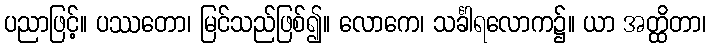
ပညာဖြင့်။ ပဿတော၊ မြင်သည်ဖြစ်၍။ လောကေ၊ သင်္ခါရလောက၌။ ယာ အတ္ထိတာ၊